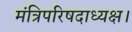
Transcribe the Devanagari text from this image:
मंत्रिपरिषदाध्यक्ष।